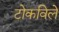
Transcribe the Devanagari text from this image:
टोकविले